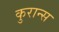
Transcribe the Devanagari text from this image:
कुरान्स